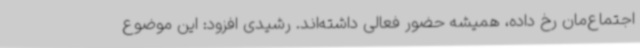
اجتماع‌مان رخ داده، همیشه حضور فعالی داشته‌اند. رشیدی افزود: این موضوع